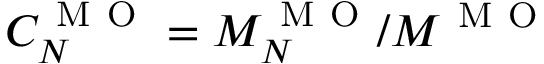
C _ { N } ^ { \mathrm { ~ M ~ O ~ } } = M _ { N } ^ { \mathrm { ~ M ~ O ~ } } / M ^ { \mathrm { ~ M ~ O ~ } }